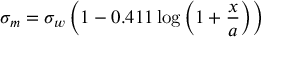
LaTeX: \sigma _ { m } = \sigma _ { w } \left( 1 - 0 . 4 1 1 \log \left( 1 + { \frac { x } { a } } \right) \right)